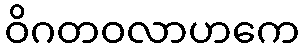
ဝိဂတဝလာဟကေ